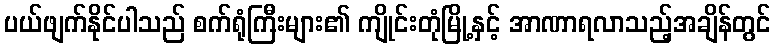
ပယ်ဖျက်နိုင်ပါသည် စက်ရုံကြီးများ၏ ကျိုင်းတုံမြို့နှင့် အာဏာရလာသည့်အချိန်တွင်